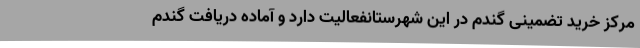
مرکز خرید تضمینی گندم در این شهرستانفعالیت دارد و آماده دریافت گندم